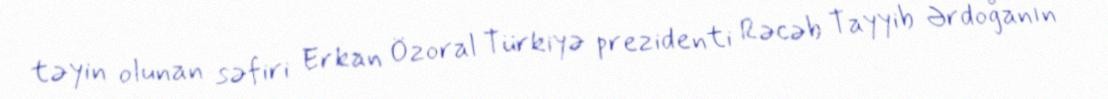
təyin olunan səfiri Erkan Özoral Türkiyə prezidenti Rəcəb Tayyib Ərdoğanın